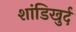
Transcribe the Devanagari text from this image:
शांडिखुर्द